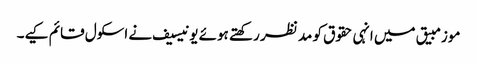
موزمبیق میں انہی حقوق کو مد نظر رکھتے ہوئے یونیسیف نے اسکول قائم کیے۔